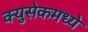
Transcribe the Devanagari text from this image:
क्युसेकमध्ये